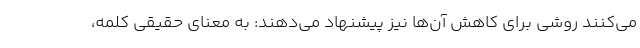
می‌کنند روشی برای کاهش آن‌ها نیز پیشنهاد می‌دهند: به معنای حقیقی کلمه،